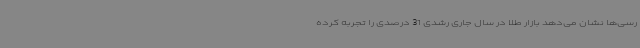
رسی‌ها نشان می‌دهد بازار طلا در سال جاری رشدی 31 درصدی را تجربه کرده